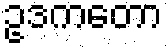
ဥဒကတော